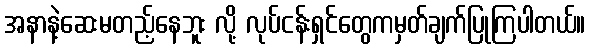
အနာနဲ့ဆေးမတည့်နေဘူး လို့ လုပ်ငန်းရှင်တွေကမှတ်ချက်ပြုကြပါတယ်။